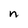
Character: n